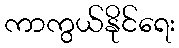
ကာကွယ်နိုင်ရေး